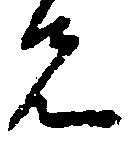
先